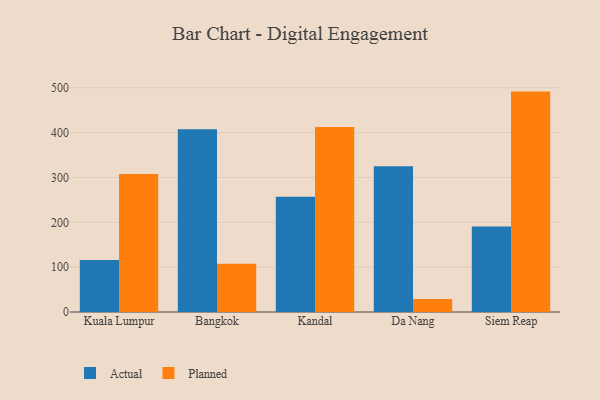
{"axis": {"x": "City", "y": "Humidity (%)"}, "legend": ["Actual", "Planned"], "data": [{"x": "Kuala Lumpur", "y": 116.2, "type": "Actual"}, {"x": "Kuala Lumpur", "y": 307.9, "type": "Planned"}, {"x": "Bangkok", "y": 407.6, "type": "Actual"}, {"x": "Bangkok", "y": 107.6, "type": "Planned"}, {"x": "Kandal", "y": 256.7, "type": "Actual"}, {"x": "Kandal", "y": 412.2, "type": "Planned"}, {"x": "Da Nang", "y": 325.1, "type": "Actual"}, {"x": "Da Nang", "y": 28.8, "type": "Planned"}, {"x": "Siem Reap", "y": 190.7, "type": "Actual"}, {"x": "Siem Reap", "y": 491.4, "type": "Planned"}]}